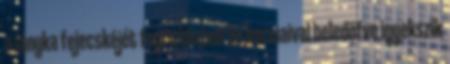
a lányka fejecskéjét fogra közben és karmaival beledöfve igyekszik